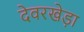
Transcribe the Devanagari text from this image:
देवरखेड़ा